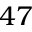
4 7